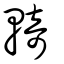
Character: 輢